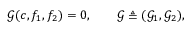
\mathscr { G } ( c , f _ { 1 } , f _ { 2 } ) = 0 , \qquad \mathscr { G } \triangleq ( \mathscr { G } _ { 1 } , \mathscr { G } _ { 2 } ) ,